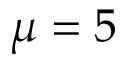
\mu = 5